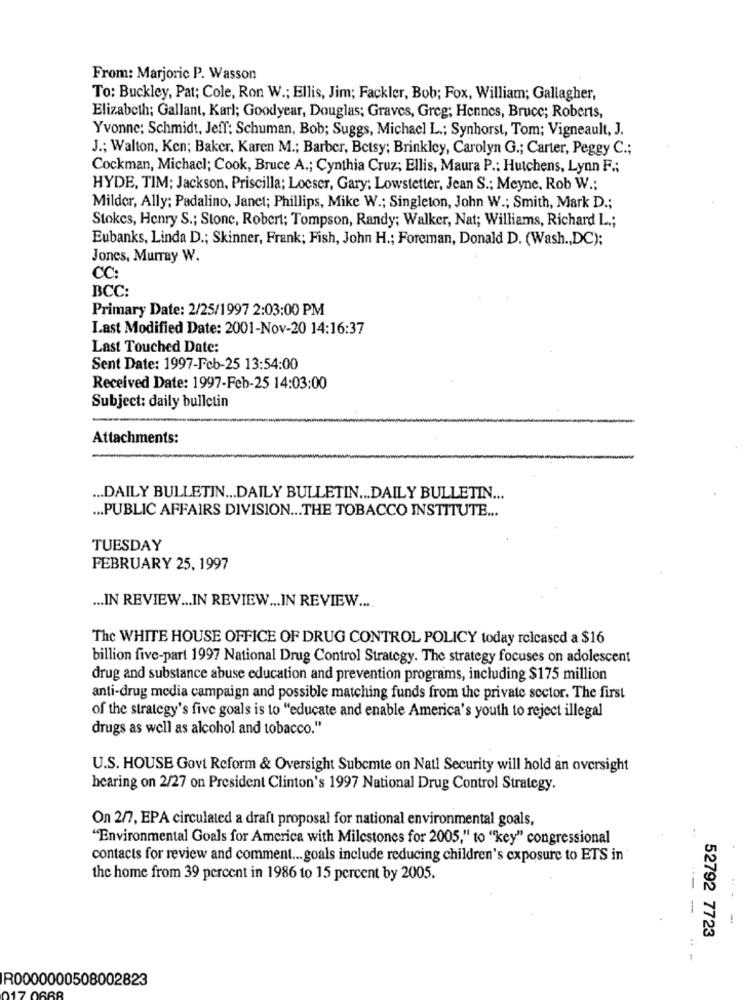
From: Marjoric P. Wasson
To: Buckley, Pat; Cole, Ron W .; Ellis, Jim; Fackler, Bob; Fox, William; Gallagher,
Elizabeth; Gallant, Karl; Goodyear, Douglas; Graves, Greg; Hennes, Bruce; Roberts,
Yvonne: Schmidt, Jeff: Schuman, Bob; Suggs, Michacl L .; Synhorst, Tom; Vigneault, J.
J .; Walton, Ken; Baker, Karen M .; Barber, Betsy; Brinkley, Carolyn G .; Carter, Peggy C .;
Cockman, Michacl; Cook, Bruce A .; Cynthia Cruz; Ellis, Maura P .: Hutchens, Lynn F .;
HYDE, TIM; Jackson, Priscilla; Locser, Gary; Lowstetter, Jean S .; Meyne, Rob W .;
Milder, Ally; Padalino, Janet; Phillips, Mike W .; Singleton, John W .; Smith, Mark D .;
Stokes, Henry S .; Stone, Robert; Tompson, Randy; Walker, Nat; Williams, Richard L .;
Eubanks, Linda D .; Skinner, Frank; Fish, John H .; Foreman, Donald D. (Wash ., DC):
Jones, Murray W.
CC:
BCC:
Primary Date: 2/25/1997 2:03:00 PM
Last Modified Date: 2001-Nov-20 14:16:37
Last Touched Date:
Sent Date: 1997-Feb-25 13:54:00
Received Date: 1997-Feb-25 14:03:00
Subject: daily bulletin
Attachments:
... DAILY BULLETIN ... DAILY BULLETIN ... DAILY BULLETIN ...
... PUBLIC AFFAIRS DIVISION ... THE TOBACCO INSTITUTE ...
TUESDAY
FEBRUARY 25, 1997
... IN REVIEW ... IN REVIEW ... IN REVIEW ....
The WHITE HOUSE OFFICE OF DRUG CONTROL POLICY today released a $16
billion five-part 1997 National Drug Control Strategy. The strategy focuses on adolescent
drug and substance abuse education and prevention programs, including $175 million
anti-drug media campaign and possible matching funds from the private sector. The first
of the strategy's five goals is to "educate and enable America's youth to reject illegal
drugs as well as alcohol and tobacco."
U.S. HOUSE Govt Reform & Oversight Subemte on Natl Security will hold an oversight
hearing on 2/27 on President Clinton's 1997 National Drug Control Strategy.
On 2/7, EPA circulated a draft proposal for national environmental goals,
"Environmental Goals for America with Milestones for 2005," to "key" congressional
contacts for review and comment ... goals include reducing children's exposure to ETS in
the home from 39 percent in 1986 to 15 percent by 2005.
-
52792 7723
R0000000508002823
17 0668